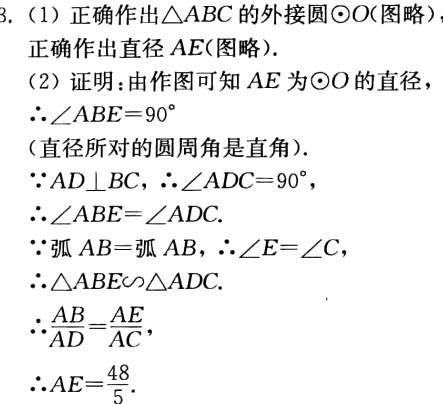
3. (1) 正确作出\(\triangle ABC\)的外接圆\(\odot O\)(图略）
正确作出直径 \(AE\)(图略）.
(2) 证明：由作图可知 \(AE\) 为\(\odot O\)的直径，
\(\therefore\angle ABE = 90^{\circ}\)
（直径所对的圆周角是直角）.
\(\because AD\perp BC\)，\(\therefore\angle ADC = 90^{\circ}\)，
\(\therefore\angle ABE=\angle ADC\).
\(\because\)弧 \(AB =\)弧 \(AB\)，\(\therefore\angle E=\angle C\)，
\(\therefore\triangle ABE\sim\triangle ADC\).
\(\therefore\frac{AB}{AD}=\frac{AE}{AC}\)，
\(\therefore AE = \frac{48}{5}\).